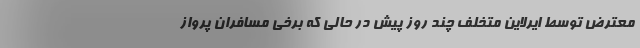
معترض توسط ایرلاین متخلف چند روز پیش در حالی که برخی مسافران پرواز